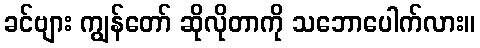
ခင်ဗျား ကျွန်တော် ဆိုလိုတာကို သဘောပေါက်လား။